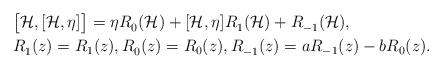
LaTeX: \begin{align*} &\bigl[\mathcal{H},[\mathcal{H},\eta^{}]\bigr] =\eta^{}R^{}_0(\mathcal{H}) +[\mathcal{H},\eta^{}]R^{}_1(\mathcal{H}) +R^{}_{-1}(\mathcal{H}),\\ &R^{}_1(z)=R_1(z), R^{}_0(z)=R_0(z), R^{}_{-1}(z)=aR_{-1}(z)-bR_0(z).\end{align*}